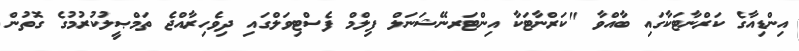
އިންޑިއާގެ ކަރްނާޓަކާގައި ބާއްވާ "ކަރްނާޓަކާ އިންޓަރނޭޝަނަލް ފިލްމް ފެސްޓިވަލްގައި ދިވެހިރާއްޖެ ތަމްޞީލުކުރުމުގެ ގޮތުން